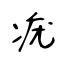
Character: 疣